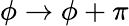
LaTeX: \phi\rightarrow\phi+\pi